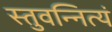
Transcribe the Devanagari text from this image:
स्तुवन्नित्यं